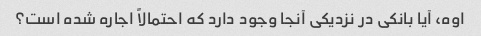
اوه، آیا بانکی در نزدیکی آنجا وجود دارد که احتمالاً اجاره شده است؟